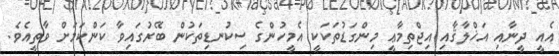
އެއީ ދީނާއި އަޚްލާޤާއި އިޖްތިމާޢީ މިންގަޑުތަކަކީ އެމީހުންގެ ސިކުނޑިތަކުން ބޭރުގައިވާ ކަންކަމަށް ވާތީއެވެ.